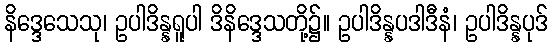
နိဒ္ဒေသေသု၊ ဥပါဒိန္နရူပါ ဒိနိဒ္ဒေသတို့၌။ ဥပါဒိန္နပဒါဒီနံ၊ ဥပါဒိန္နပုဒ်